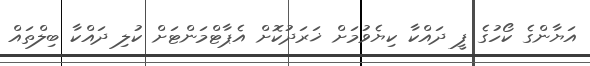
އަޔާންގެ ކޯހުގެ ފީ ދައްކާ ކިޔެވުމަށް ޚަރަދުކޮށް އެޕާޓްމަންޓަށް ކުލި ދައްކާ ބިލްތައް